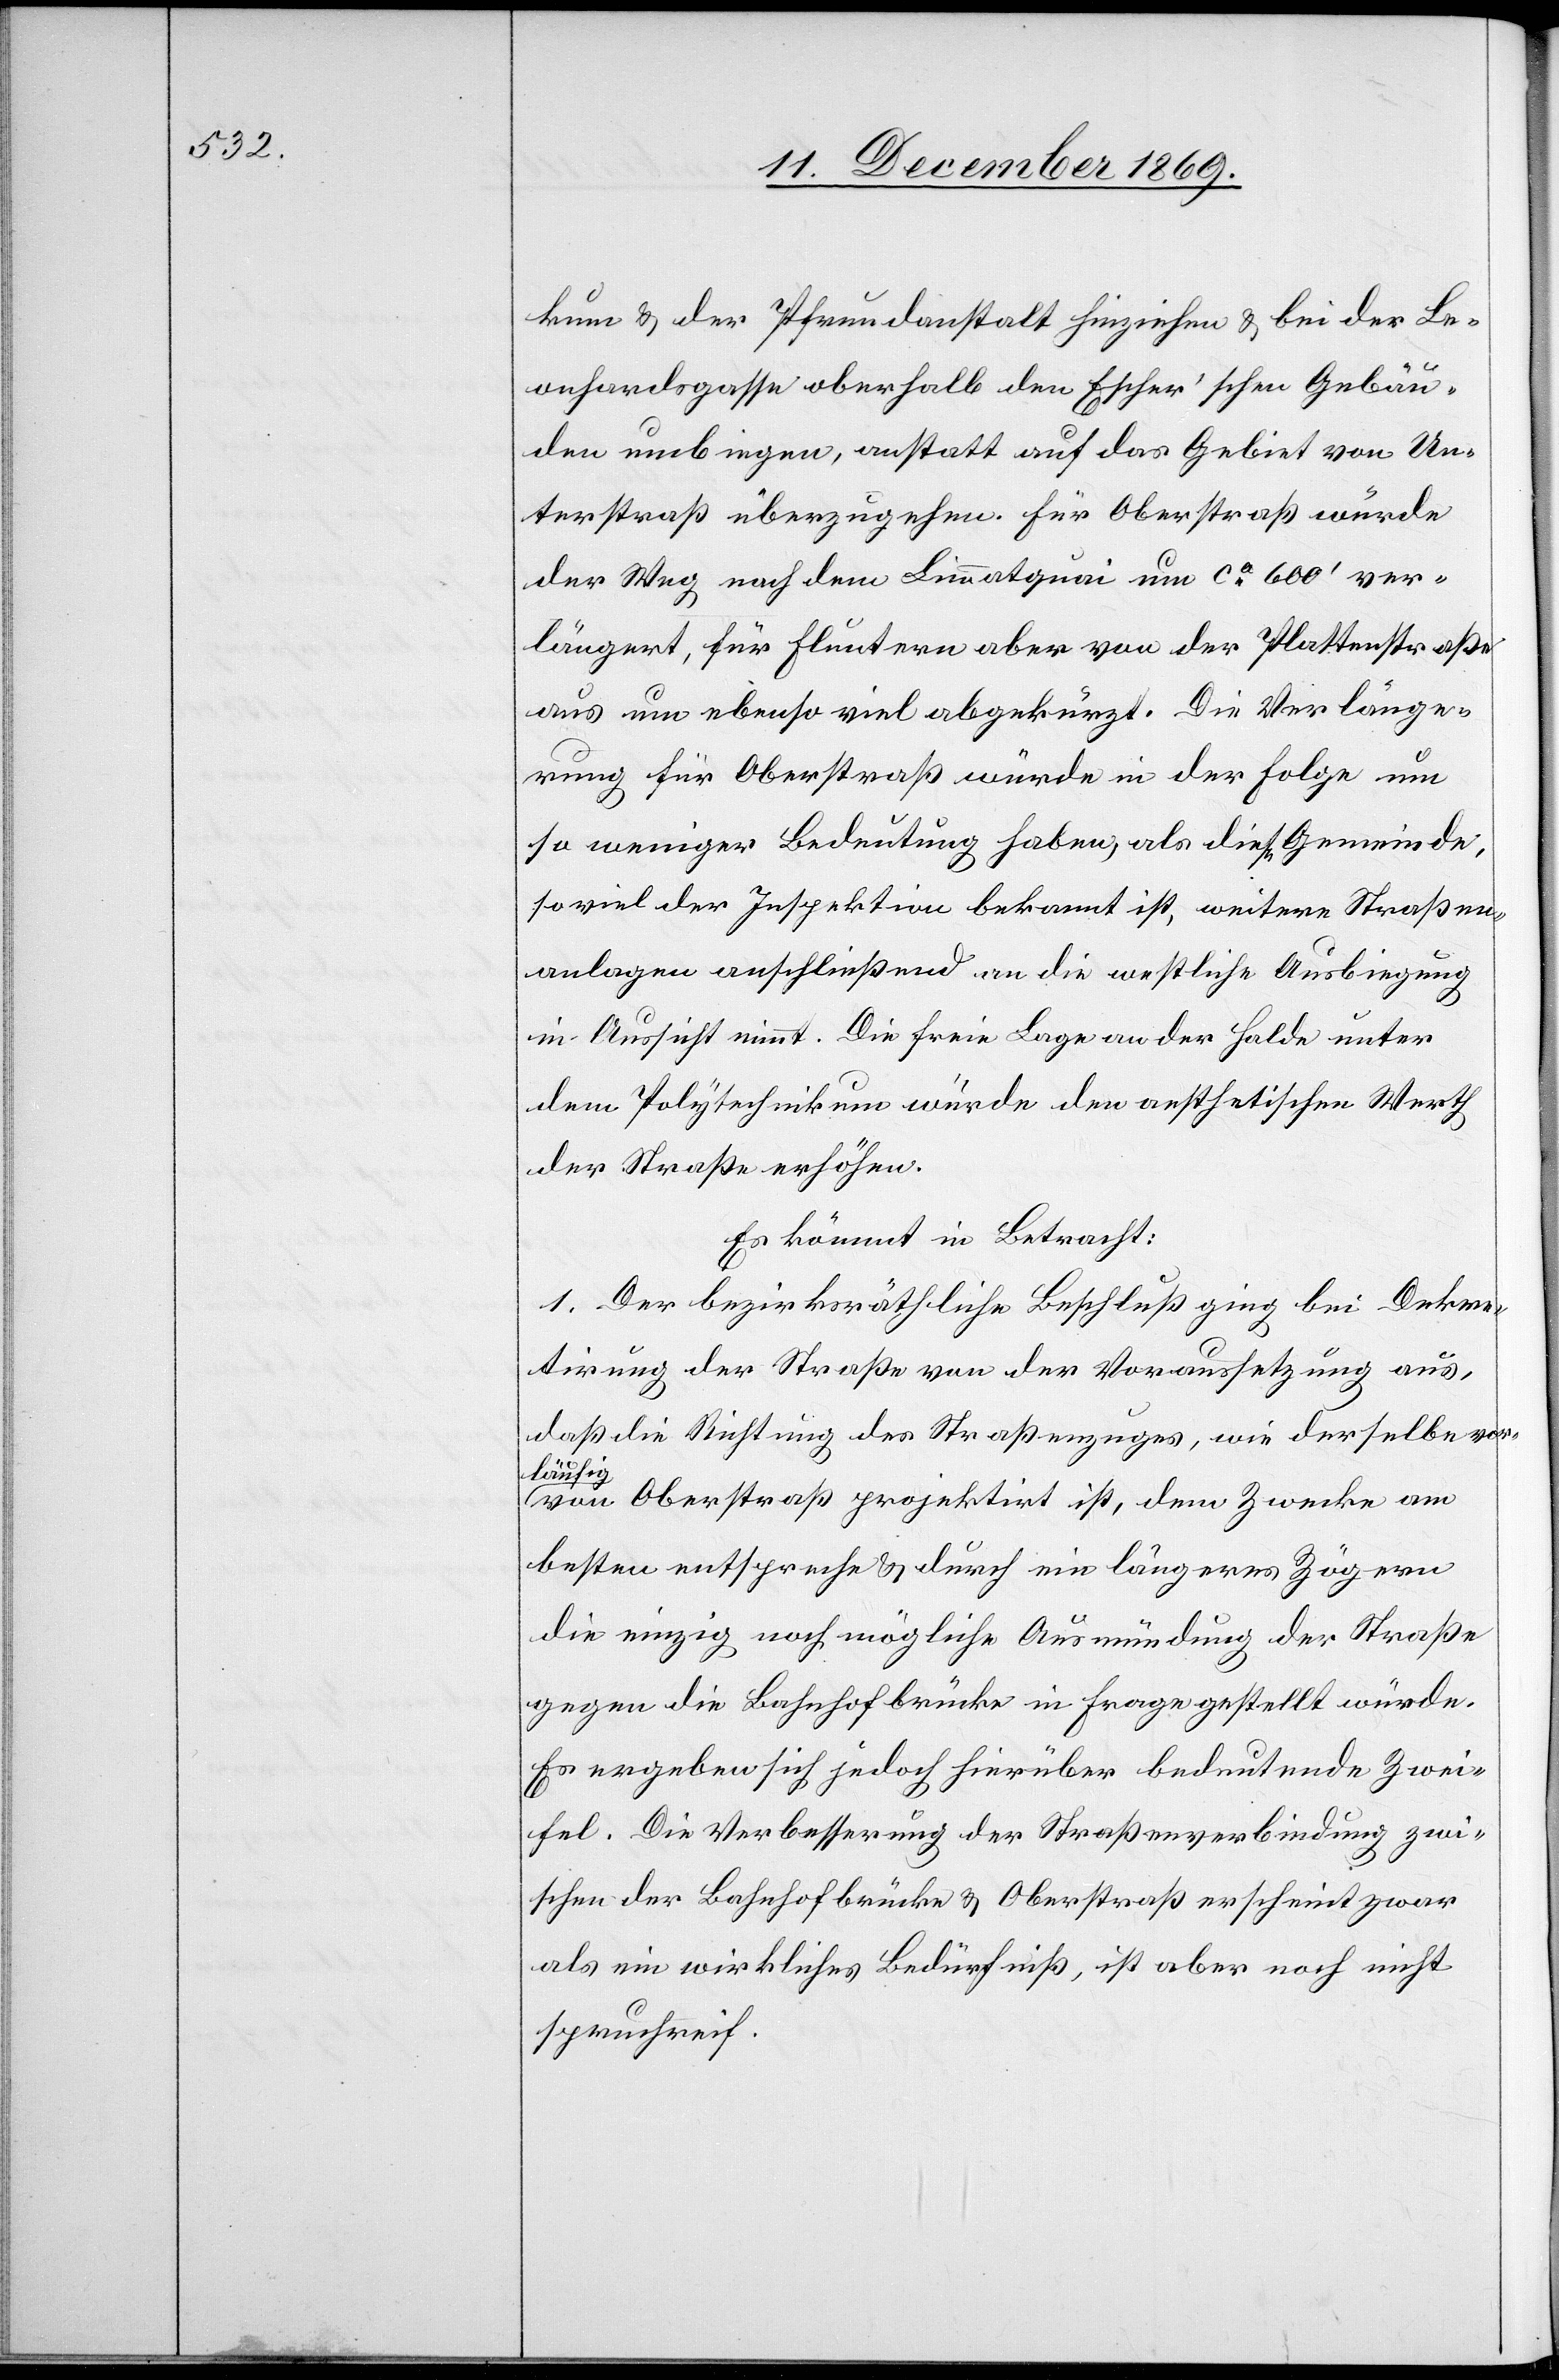
kum & der Pfrundanstalt hinziehen & bei der Le¬
onhardsgasse oberhalb den Escher’schen Gebäu¬
den umbiegen, anstatt auf das Gebiet von Un¬
terstraß überzugehen. Für Oberstraß würde
der Weg nach dem Limmatquai um ca 600‘ ver¬
längert, für Fluntern aber von der Plattenstraße
aus um ebenso viel abgekürzt. Die Verlänge¬
rung für Oberstraß würde in der Folge um
so weniger Bedeutung haben, als diese Gemeinde,
so viel der Inspektion bekannt ist, weitere Straßen¬
anlagen anschließend an die westliche Ausbiegung
in Aussicht nimmt. Die freie Lage an der Halde unter
dem Polytechnikum würde den aesthetischen Werth
der Straße erhöhen.
Es kömmt in Betracht:
1. Der bezirksräthliche Beschluß ging bei Dekre¬
tirung der Straße von der Voraussetzung aus,
daß die Richtung des Straßenzuges, wie derselbe vor¬
läufig
von Oberstraß projektirt ist, dem Zwecke am
besten entspreche & durch ein längeres Zögern
die einzig noch mögliche Ausmündung der Straße
gegen die Bahnhofbrücke in Frage gestellt würde.
Es ergeben sich jedoch hierüber bedeutende Zwei¬
fel. Die Verbesserung der Straßenverbindung zwi¬
schen der Bahnhofbrücke & Oberstraß erscheint zwar
als ein wirkliches Bedürfniß, ist aber noch nicht
spruchreif.